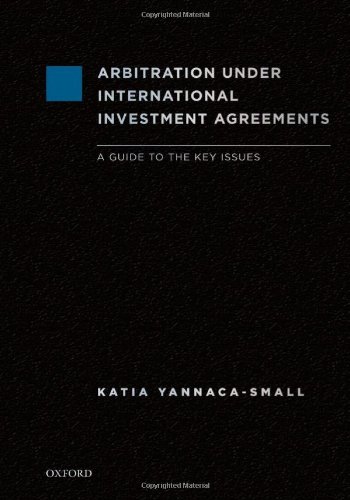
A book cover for Arbitration Under International Investment Agreements: A Guide to the Key Issues; Katia Yannaca-Small; Law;